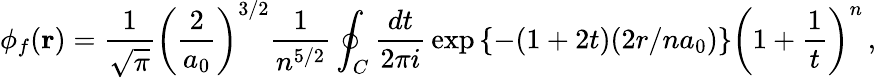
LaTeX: \phi_{f}({\mathbf r})={\frac{1}{\sqrt{\pi}}}\left({\frac{2}{a_{0}}}\right)^{3/2}{\frac{1}{n^{5/2}}}\oint_{C}{\frac{dt}{2\pi i}}\exp\left\{ -(1+2t)(2r/na_{0})\right\} \left(1+{\frac{1}{t}}\right)^{n}\, ,